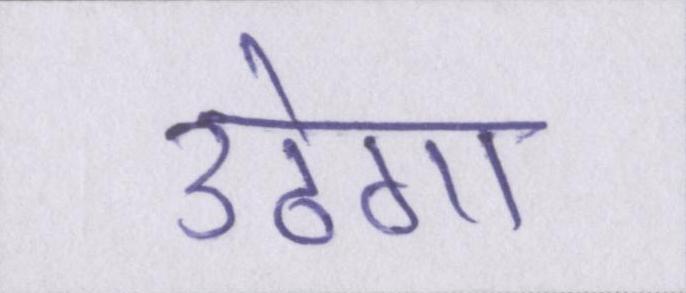
उठेगा